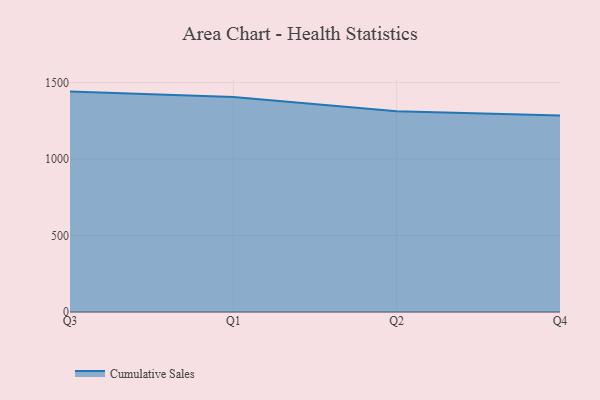
{"axis": {"x": "Quarter", "y": "Humidity (%)"}, "legend": ["Cumulative Sales"], "data": [{"x": "Q3", "y": 1440.8, "type": "Cumulative Sales"}, {"x": "Q1", "y": 1404.7, "type": "Cumulative Sales"}, {"x": "Q2", "y": 1311.7, "type": "Cumulative Sales"}, {"x": "Q4", "y": 1284.7, "type": "Cumulative Sales"}]}